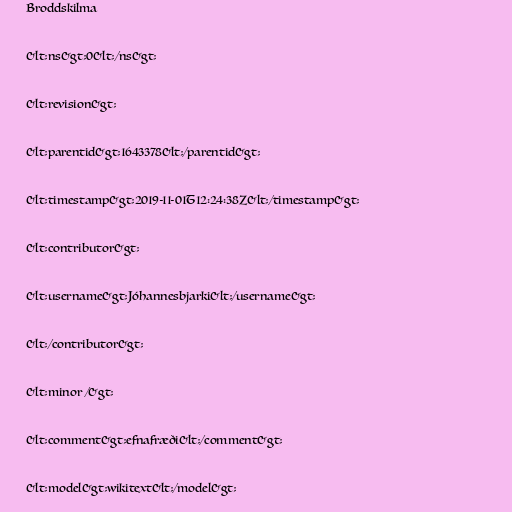
Broddskilma

&lt;ns&gt;0&lt;/ns&gt;

&lt;revision&gt;

&lt;parentid&gt;1643378&lt;/parentid&gt;

&lt;timestamp&gt;2019-11-01T12:24:38Z&lt;/timestamp&gt;

&lt;contributor&gt;

&lt;username&gt;Jóhannesbjarki&lt;/username&gt;

&lt;/contributor&gt;

&lt;minor /&gt;

&lt;comment&gt;efnafræði&lt;/comment&gt;

&lt;model&gt;wikitext&lt;/model&gt;